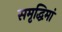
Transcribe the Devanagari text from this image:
समृद्धिमां